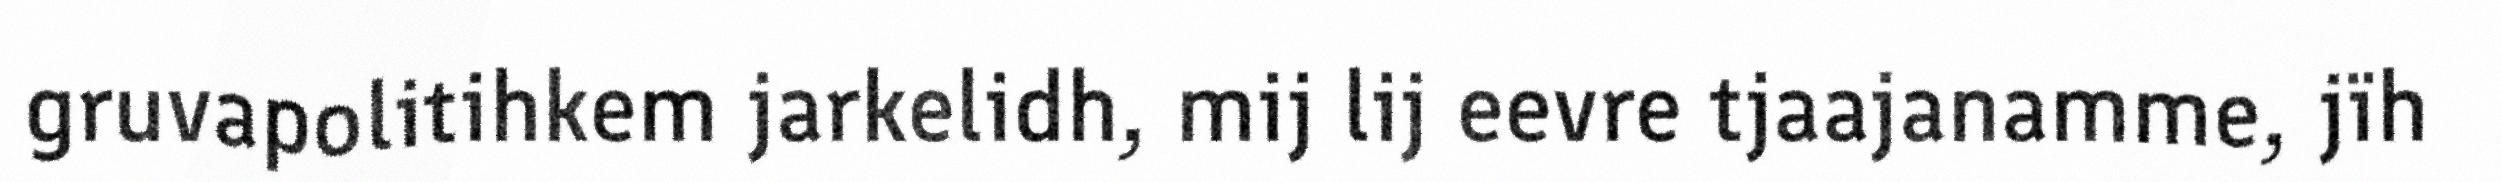
gruvapolitihkem jarkelidh, mij lij eevre tjaajanamme, jïh